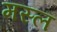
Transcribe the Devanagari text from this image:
मस्ल